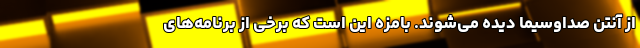
از آنتن صداوسیما دیده می‌شوند. بامزه این است که برخی از برنامه‌های